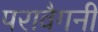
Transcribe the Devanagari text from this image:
परावैगनी